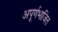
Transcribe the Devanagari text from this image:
अपूर्णभाजित